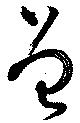
曾